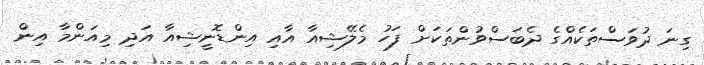
ގިނަ ދުވަސްތަކެއްގެ ދެބަސްވުންތަކަށް ފަހު މެލޭޝިއާ އާއި އިންޑޮނީޝިއާ އަދި މިއަންމާ އިން